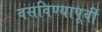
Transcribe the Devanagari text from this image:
वसविण्यापूर्वी